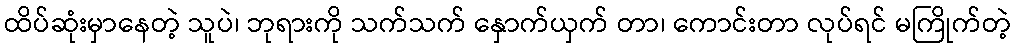
ထိပ်ဆုံးမှာနေတဲ့ သူပဲ၊ ဘုရားကို သက်သက် နှောက်ယှက် တာ၊ ကောင်းတာ လုပ်ရင် မကြိုက်တဲ့